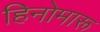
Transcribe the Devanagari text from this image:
हिनोमारू